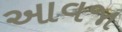
આવજા